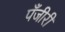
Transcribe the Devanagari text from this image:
पँजीरी